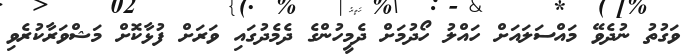
ވަގުތު ނުދެވޭ މައްސަލައަށް ހައްލު ހޯދުމަށް ދެމީހުންގެ ދެމެދުގައި ވަރަށް ފުޅާކޮށް މަޝްވަރާކުރެވި